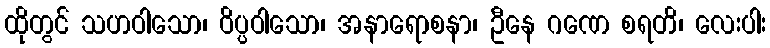
ထိုတွင် သဟဝါသော၊ ဝိပ္ပဝါသော၊ အနာရောစနာ၊ ဦနေ ဂဏေ စရတိ၊ လေးပါး